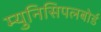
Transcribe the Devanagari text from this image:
म्युनिसिपलबोर्ड